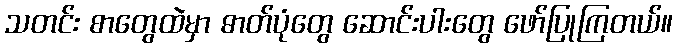
သတင်း စာတွေထဲမှာ ဓာတ်ပုံတွေ ဆောင်းပါးတွေ ဖော်ပြုကြတယ်။